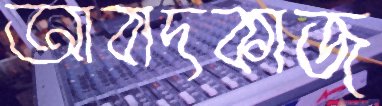
আবাদকাজ